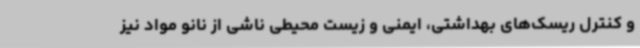
و کنترل ریسک‌های بهداشتی، ایمنی و زیست محیطی ناشی از نانو مواد نیز